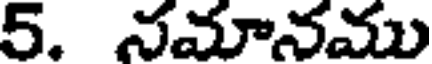
5. నమానము